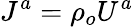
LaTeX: J^{a}=\rho_{o}U^{a}